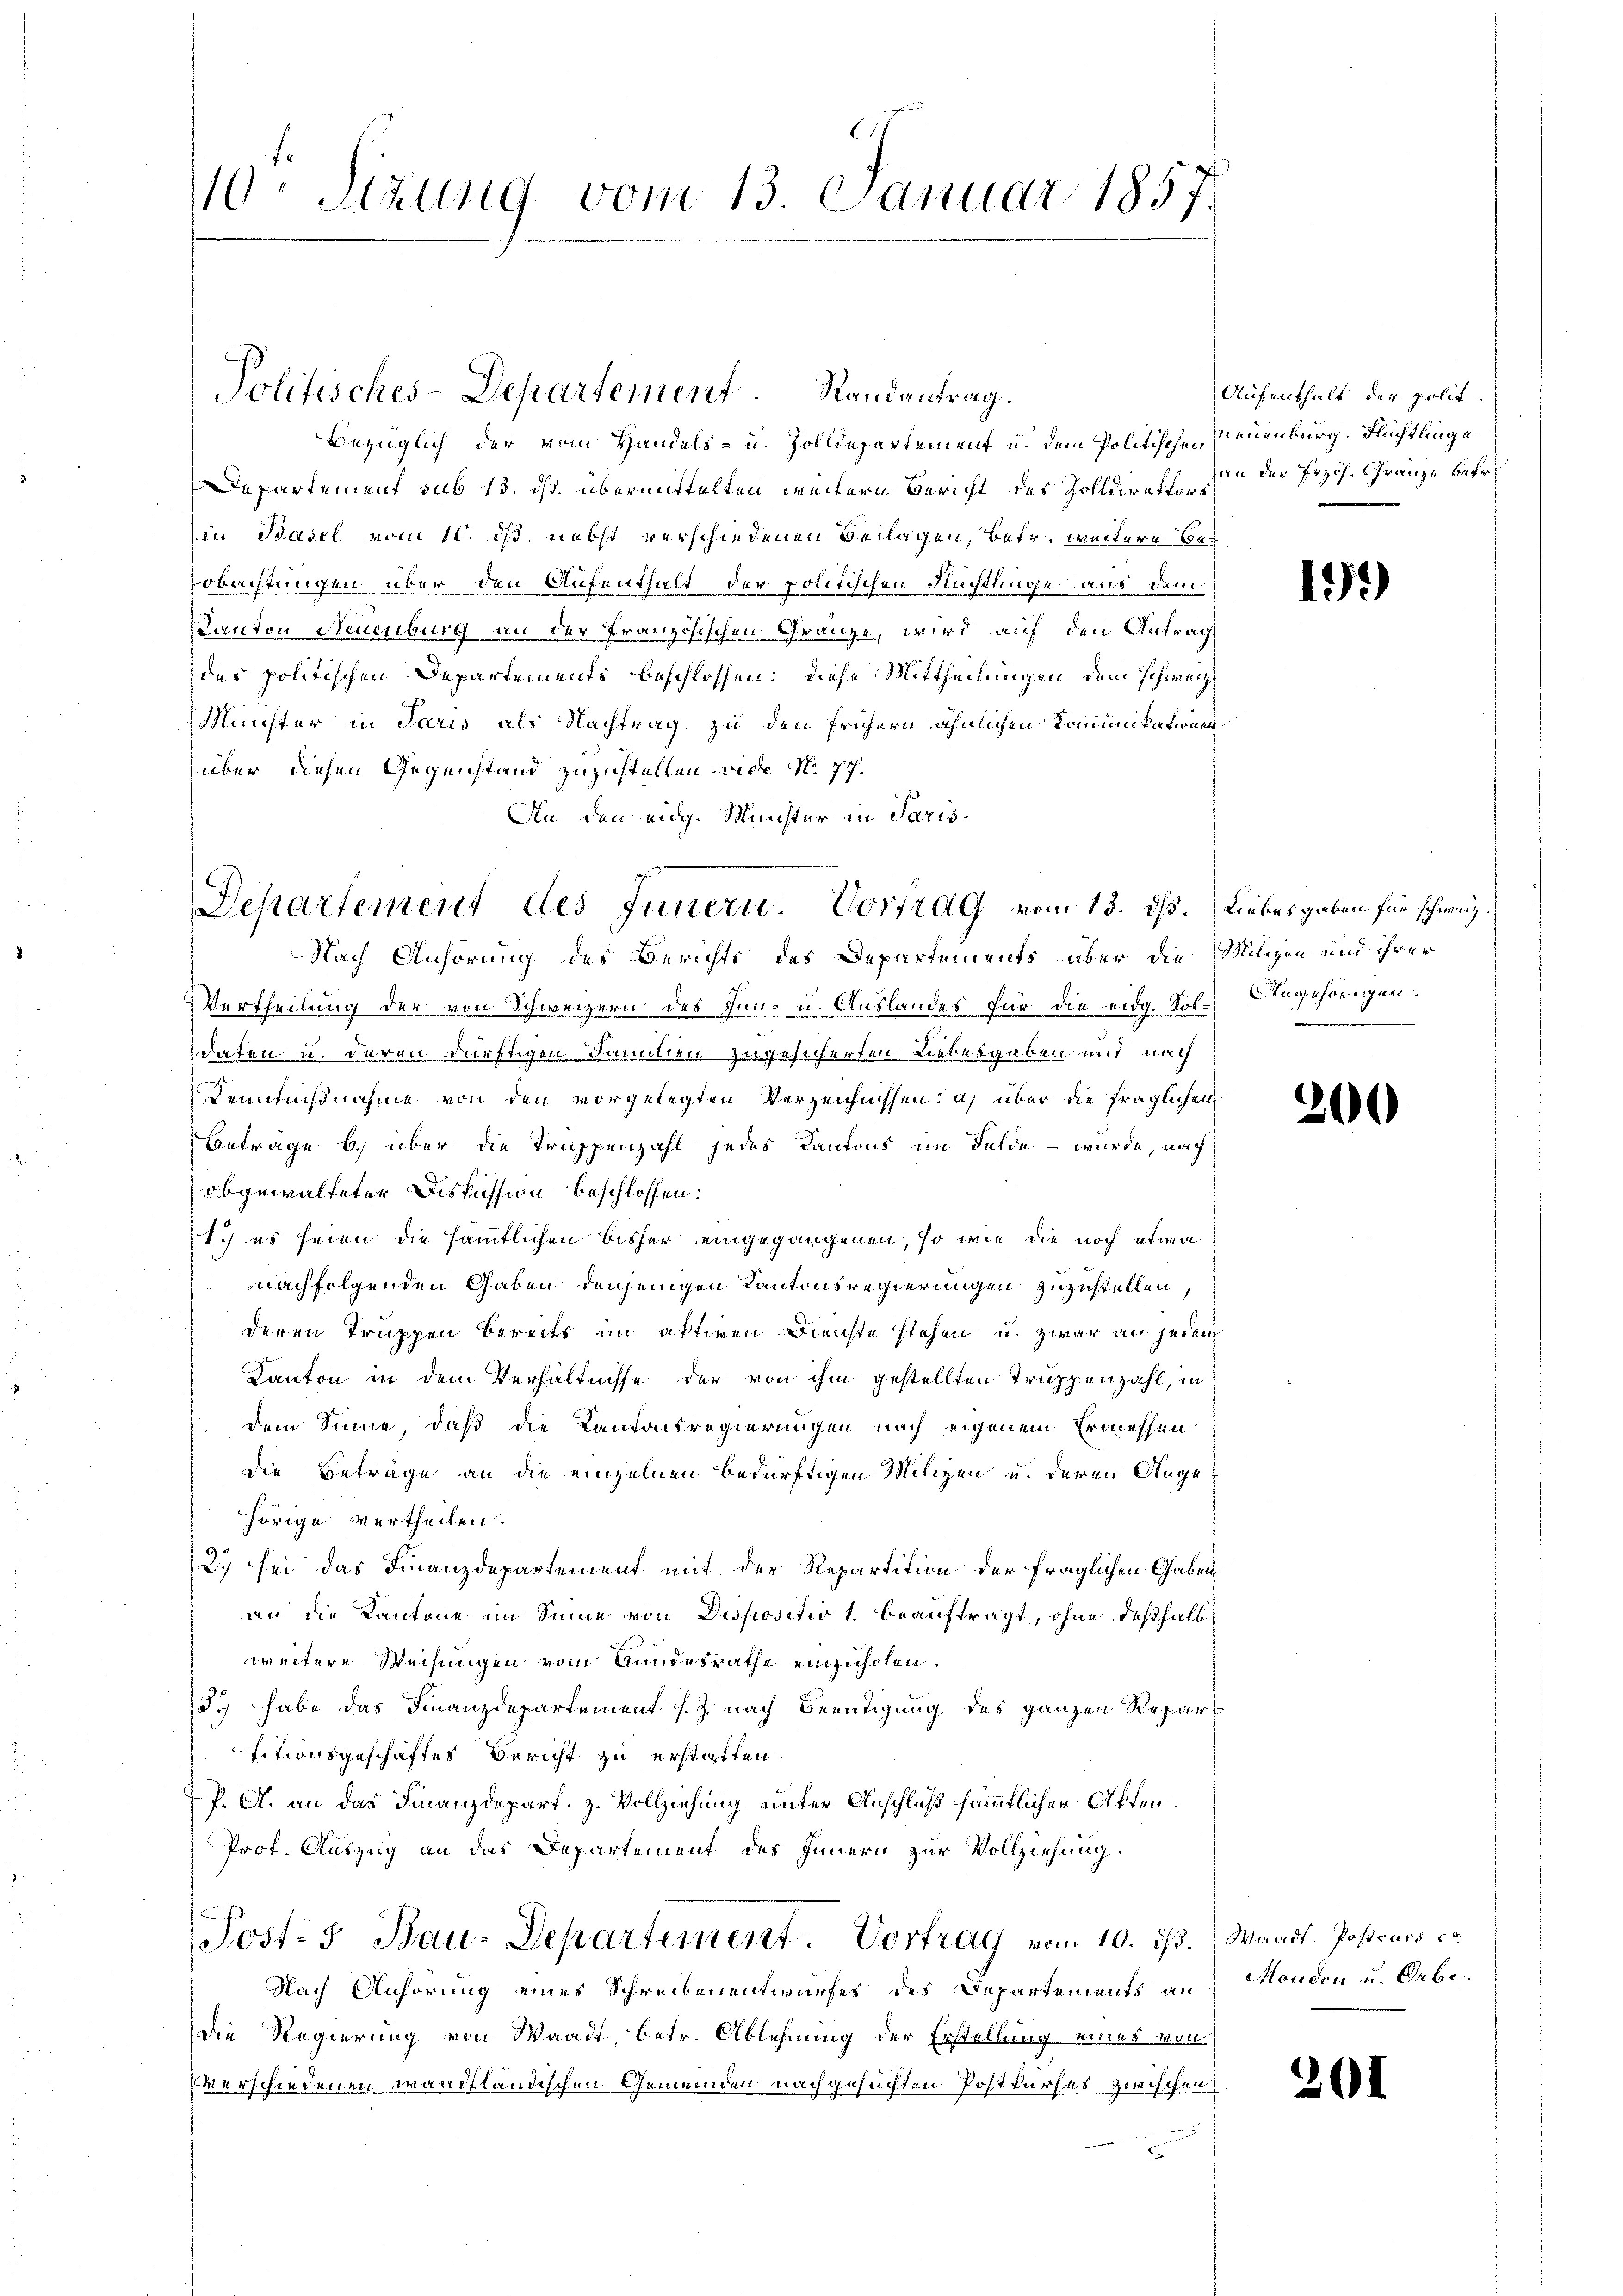
bezüglich der vom Handels- u. Zolldepartement u. dem Politischen Neuenburg. Flüchtlinge¬
Departement sub 13. ds. übermittelten weitern Bericht des Zolldirekt der Prof. Gränze betr.
Ein Basel vom 10. ds. nebst verschiedenen Beilagen, betr. weitere Beobachtungen über den Aufenthalt der politischen Rüchtlinge aus dem
KKanton Neuenburg an der Französischen Gränze, wird auf den Antrag
des politischen Departements beschlossen: diese Mittheilungen dem Schweiz
Minister in Paris als Nachtrag zu den frühern ähnlichen Kommunikationen
über diesen Gegenstand zuzustellen wide No. 77.
An den eidg. Meister in Paris

10. Sitzung vom 13. Januar 1857.

Politisches-Departement. Randantrag.

Departement des Innern. Vortrag vom 13. ds.

Aufenthalt der polit.

Nach Anhörung des Berichts des Departements aber die Milizen und ihrer
Vertheilung der von Schweizern des Inn- u. Auslandes für die eidg. Sol-Angehörigen.
daten u. deren dürftigen Damitien zugesicherten Liebesgaben und nach
Kenntnißnahme von den vorgelegten Verzeichnissen: a) über die fraglichen
Betrage b.) über die Truppenzahl jedes Kantons im Felde – wurde, nach
abgewalteter Diskussion beschlossen:
1.) es seien die sämmtlichen bisher eingegangenen, so wie die noch etwa
nachfolgenden Gaben denjenigen Kantonsregierungen zuzustellen,
deren Truppen bereits im aktiven Dienste stehen u. zwar an jeden
Kanton in dem Verhältnisse der von ihm gestellten Truppenzahl, in
dem Sinne, daß die Kantonsregierungen nach eigenem Ermessen
Die Beträge an die einzelnen bedürftigen Milizen und deren Angehörige vertheilen.
2) sei das Finanzdepartement mit der Repartition der fraglichen Gaben
an die Kantone im Sinne von Dispositio 1. beauftragt, ohne deßhalb
weitere Weisungen vom Hundesrathe einzuholen.
3.) habe das Finanzdepartement s. Z. nach Beendigung des ganzen Repartitionsgeschäftes Bericht zu erstatten.
P. A. an das Finanzdepart. Z. Vollziehung unter Anschluß sämmtlicher Akten.
Prof. Auszug an das Departement des Innern zur Vollziehung.
Post- 5 Bau-Departement. Vortrag vom 10. ds. Waadt. Postcurs co
Nach Anhörung eines Schreibenentwurfes des Departements an
Die Regierung von Waadt, betr. Ablehnung der Erstellung eines von
verschiedenen wandfländischen Gemeinden nachgesuchten Postkurses zwischen

199)

Liebesgaben für schweiz.

200

Manden u. Orbe.

201